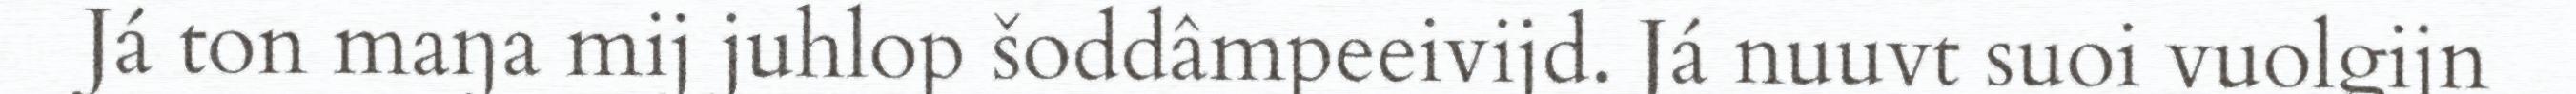
Já ton maŋa mij juhlop šoddâmpeeivijd. Já nuuvt suoi vuolgijn